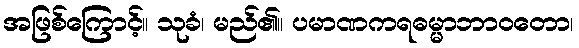
အဖြစ်ကြောင့်။ သုခံ၊ မည်၏။ ပမာဏကရဓမ္မာဘာဝတော၊